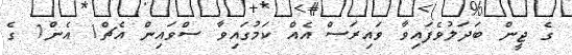
ގެ ޖީން ބަދަލުވެފައިވާ ވައިރަސް އެއް ކަމުގައިވާ ސްވައިން އެޗް1 އެން1 ގެ